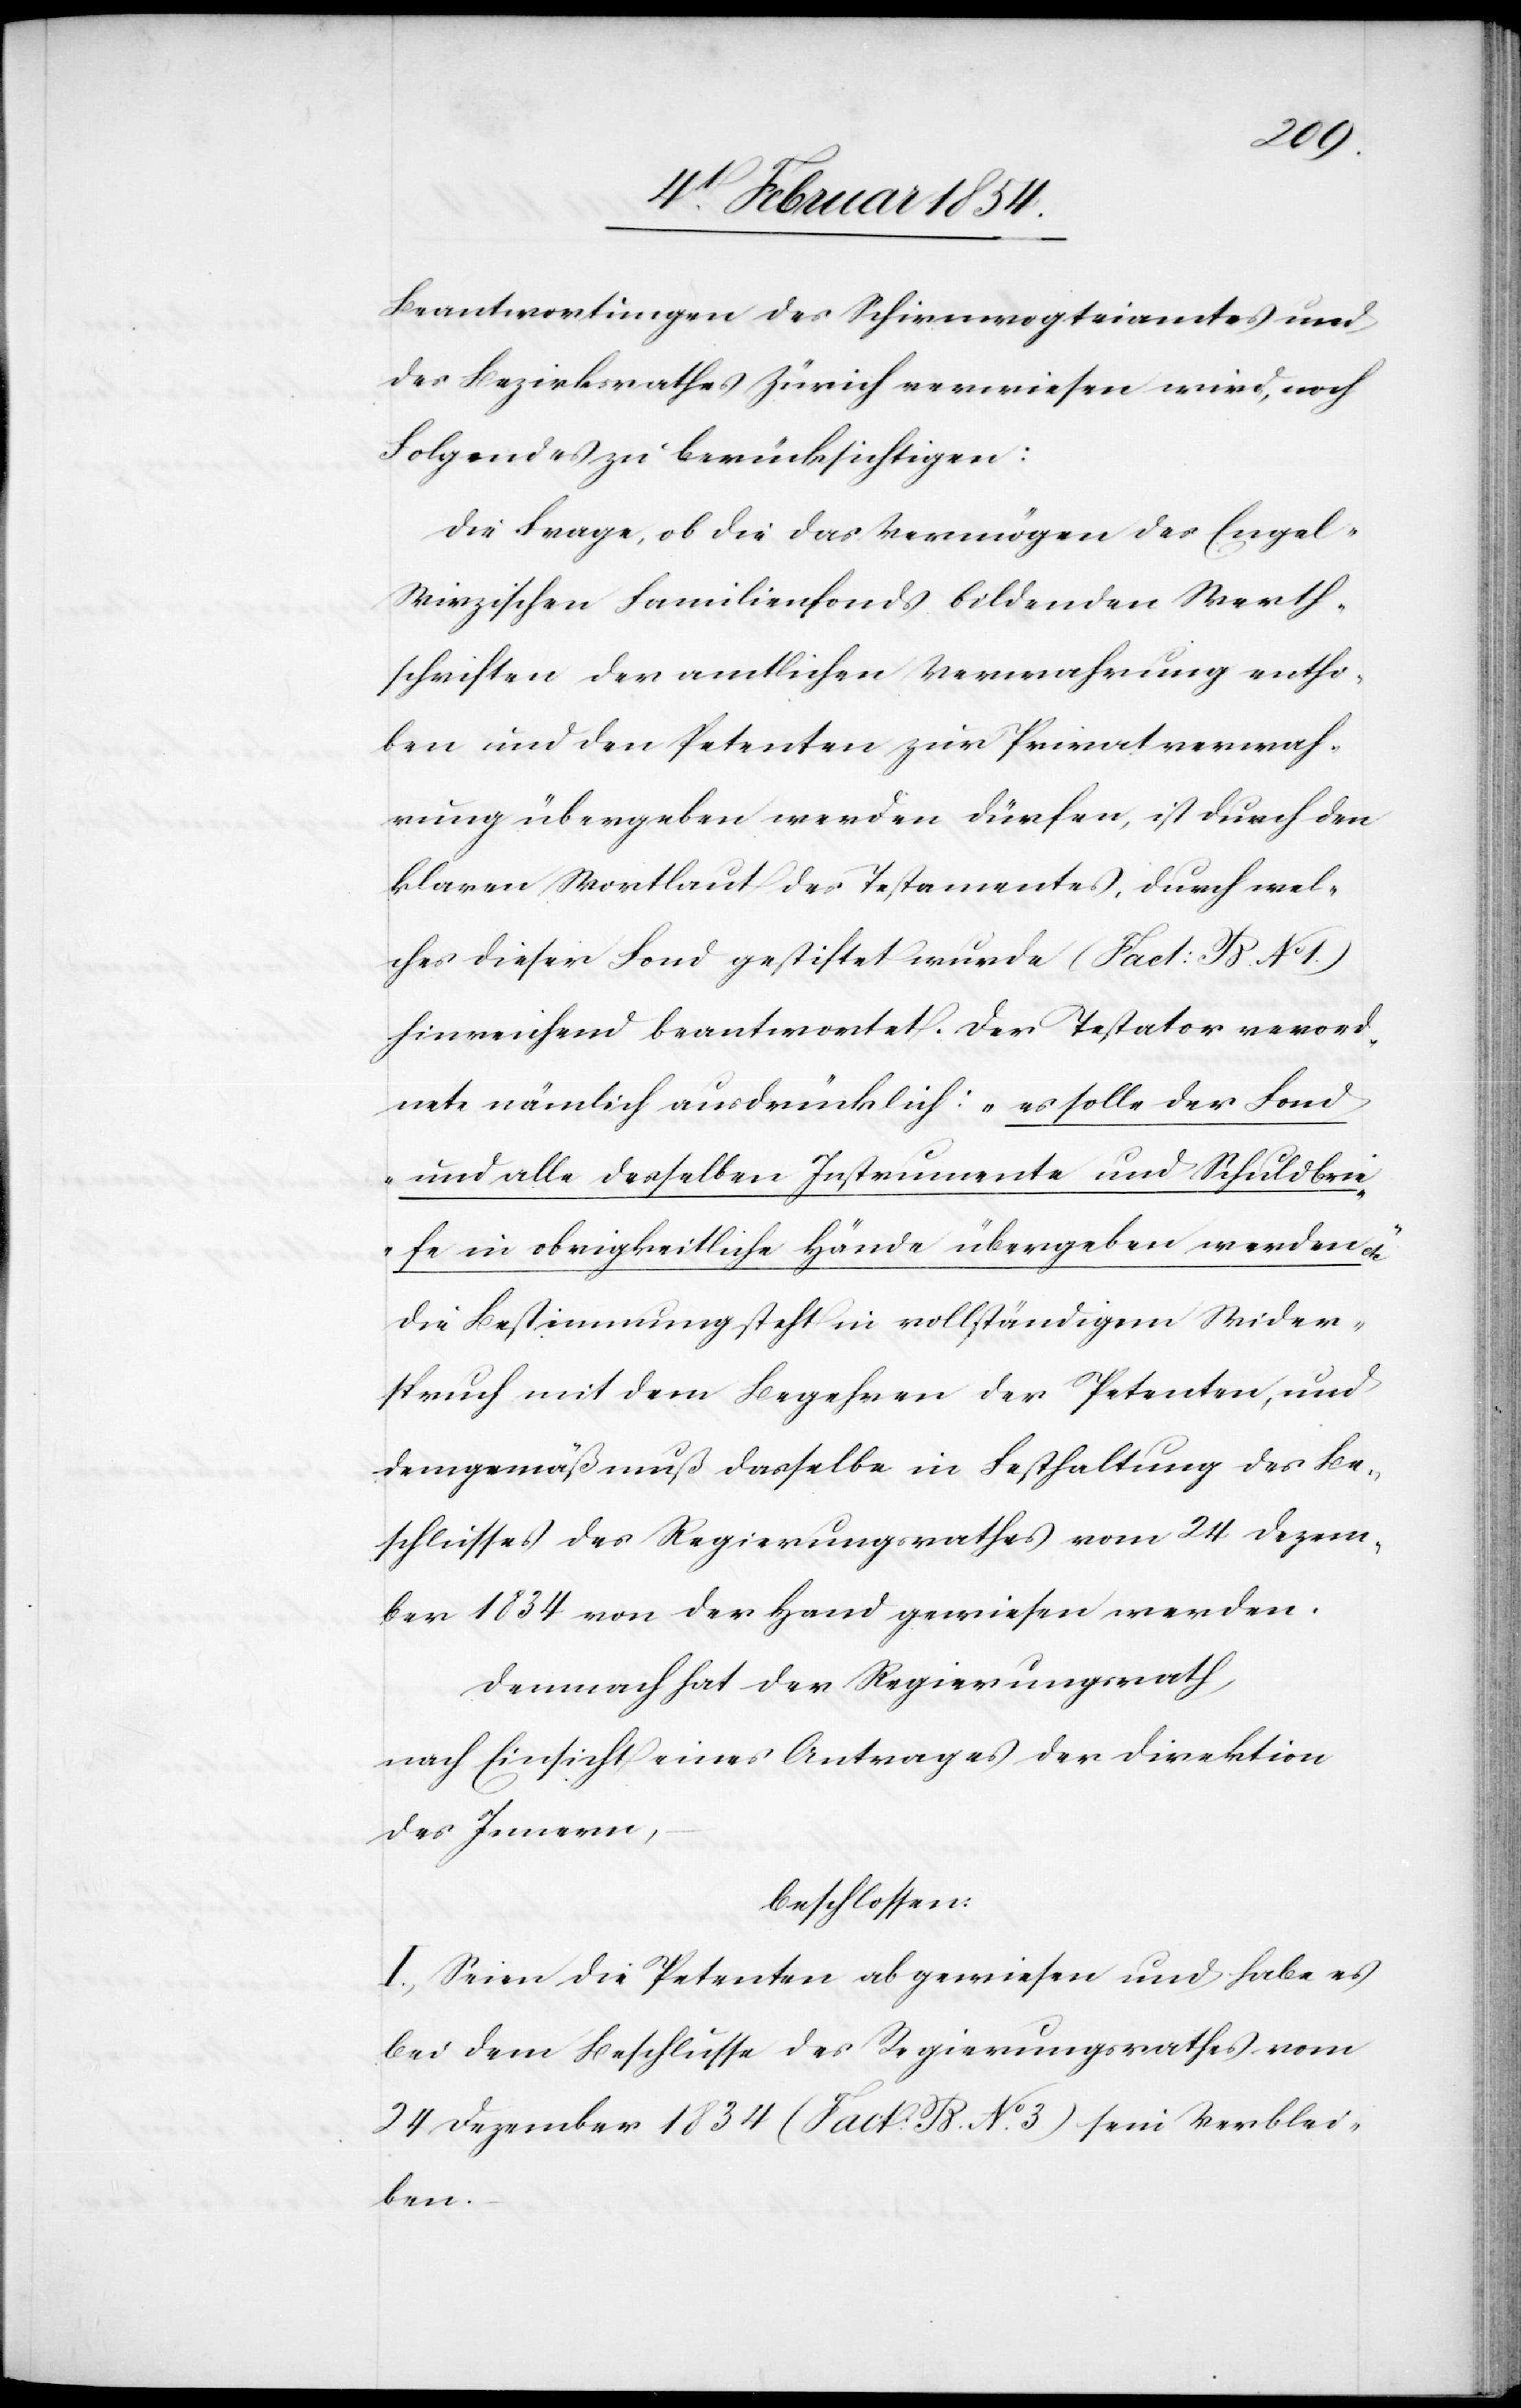
Beantwortungen des Schirmrogteiamtes und
des Bezirksrathes Zürich erwiesen wird, noch
Folgendes zu berücksichtigen:
Die Frage, ob die das Vermögen des Engel-W¬
irzischen Familienfonds bildenden Werth¬
schriften der amtlichen Verwahrung entho¬
ben und den Petenten zur Privatverwah¬
rung übergeben werden dürfen, ist durch den
klaren Wortlaut des Testamentes, durch wel¬
ches dieser Fond gestiftet wurde (Fact: B. No 1.)
hinreichend beantwortet. Der Testator verord¬
nete nämlich ausdrücklich: „es solle der Fond
und alle desselben Instrumente und Schuldbri¬
efe in obrigkeitliche Hände übergeben werden
Die Bestimmung steht in vollständigem Wider¬
spruch mit dem Begehren der Petenten, und
demgemäß muß dasselbe in Festhaltung des Be¬
schlusses des Regierungsrathes vom 24 Dezem¬
ber 1834 von der Hand gewiesen werden.
Demnach hat der Regierungsrath,
nach Einsicht eines Antrages der Direktion
des Innern,
beschlossen:
I. Seien die Petenten abgewiesen und habe es
bei dem Beschlusse des Regierungsrathes vom
24 Dezember 1834 (Fact: B No 3) sein Verblei¬
ben.